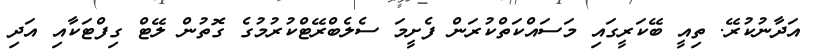
އަދާނުކުރޭ. ތިއީ ބޭކަރީގައި މަސައްކަތްކުރަން ފެށީމަ ސެލެބްރޭޓްކުރުމުގެ ގޮތުން ލޭޓް ގިފްޓަކާއި އަދި